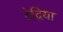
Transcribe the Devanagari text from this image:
वेद्रिया